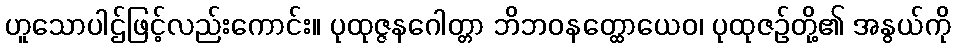
ဟူသောပါဌ်ဖြင့်လည်းကောင်း။ ပုထုဇ္ဇနဂေါတ္တာ ဘိဘဝနတ္ထောယေဝ၊ ပုထုဇဉ်တို့၏ အနွယ်ကို